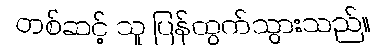
တစ်ဆင့် သူ ပြန်ထွက်သွားသည်။